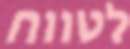
לטווח